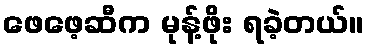
ဖေဖေ့ဆီက မုန့်ဖိုး ရခဲ့တယ်။